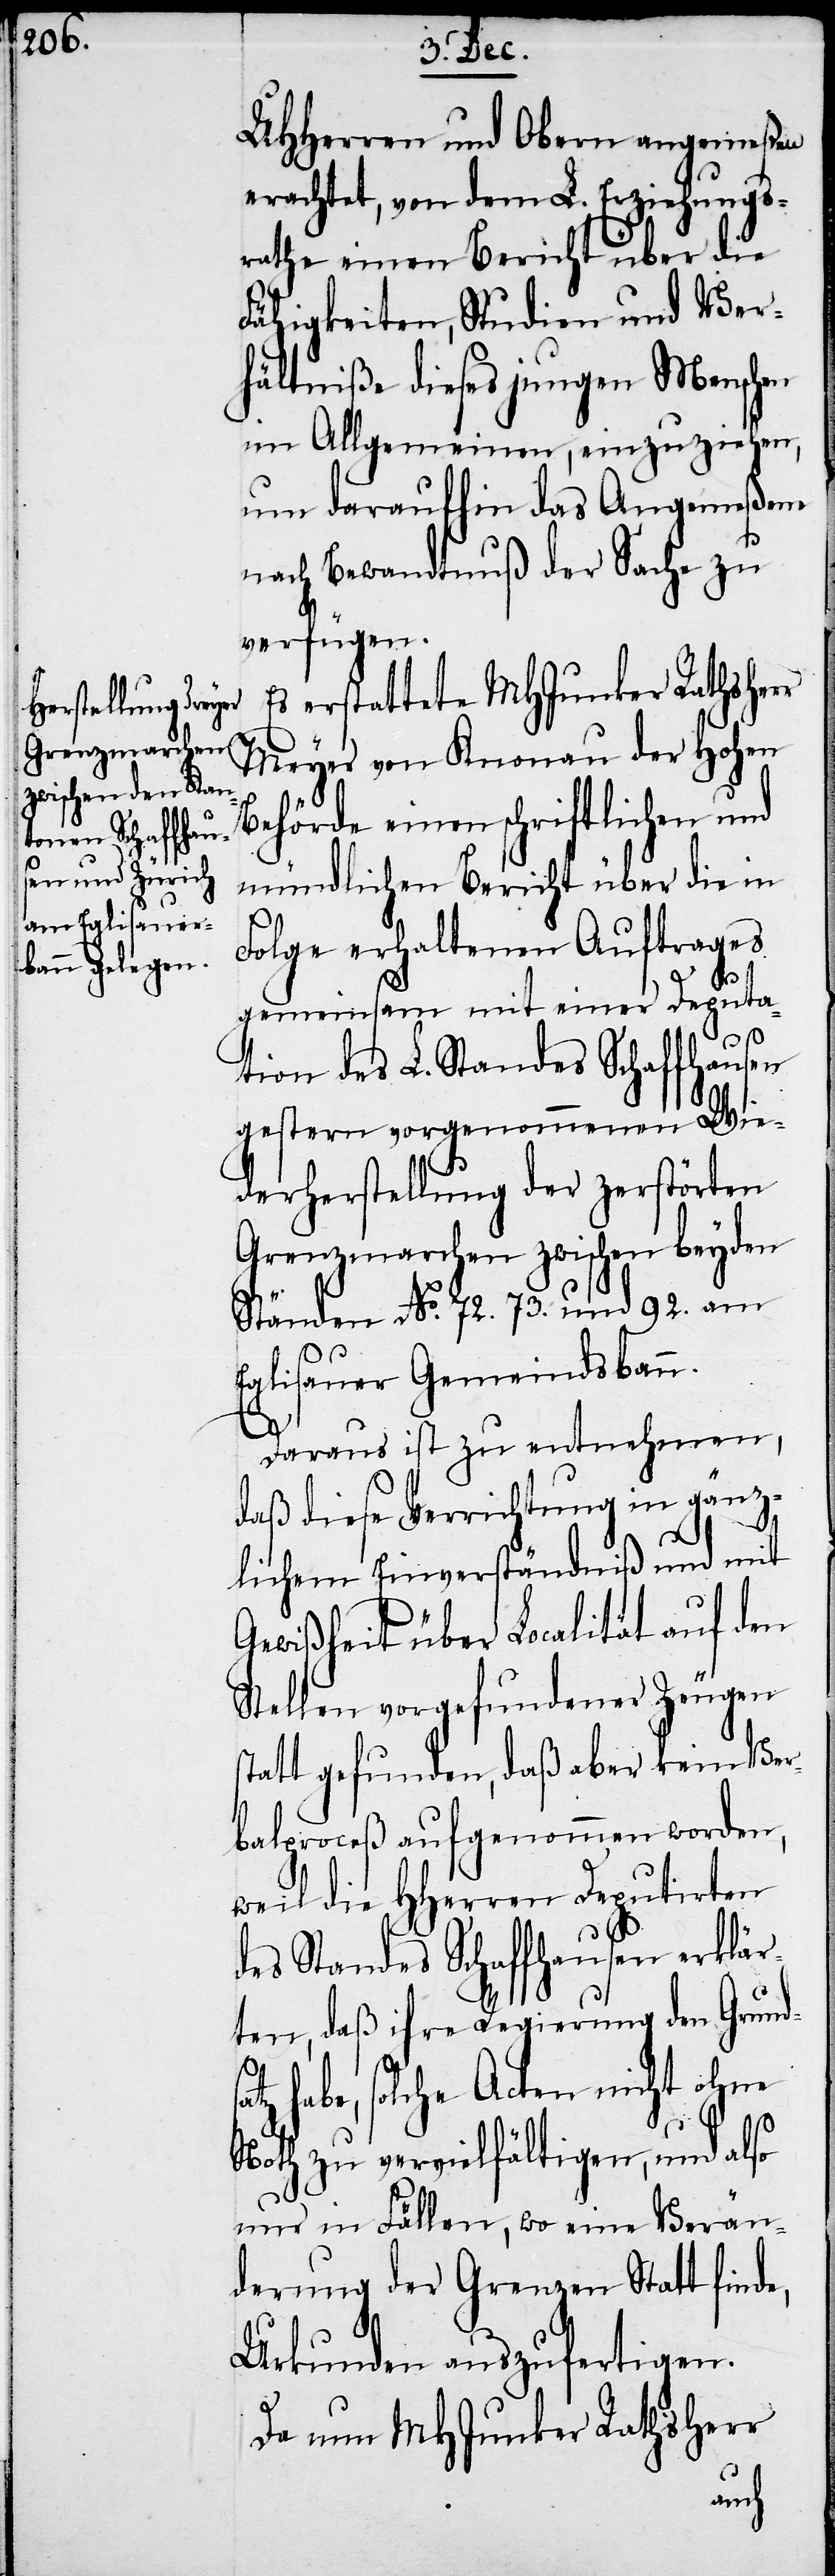
UHHerren und Obern angemeßen
erachtet, von dem L. Erziehungs¬
rathe einen Bericht über die
Fähigkeiten, Studien und Ver¬
hältniße dieses jungen Menschen
im Allgemeinen, einzuziehen,
um daraufhin das Angemeßene
nach Bewandtnuß der Sache zu
verfügen.
Es erstattet MHJunker Rathsherr
Meyer von Knonau der Hohen
Behörde einen schriftlichen und
mündlichen Bericht über die in
Folge erhaltenen Auftrages
gemeinsam mit einer Deputa¬
satz
tion des L. Standes Schaffhausen
gestern vorgenommenen Wie¬
derherstellung der zerstörten
Grenzmarchen zwischen beyden
Ständen No. 72. 73. und 92. am
Eglisauer Gemeindsbann.
Daraus ist zu entnehmen,
daß diese Verrichtung in gänz¬
lichem Einverständniß und mit
Gewißheit über Localität auf den
Stellen vorgefundener Zeugen
statt gefunden, daß aber kein Ver¬
balproceß aufgenommen worden,
weil die HHerren Deputirten
des Standes Schaffhausen erklär¬
ten, daß ihre Regierung den Grund¬
habe, solche Acten nicht ohne
Noth zu vervielfältigen, und also
nur in Fällen, wo eine Verän¬
derung der Grenzen Statt finde,
Urkunden auszufertigen.
Da nun MHJunker Rathsherr